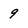
Character: 9